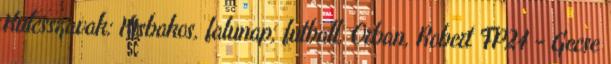
Kulcsszavak: Kisbakos, falunap, futball, Orban, Robert FP24 - Gecse